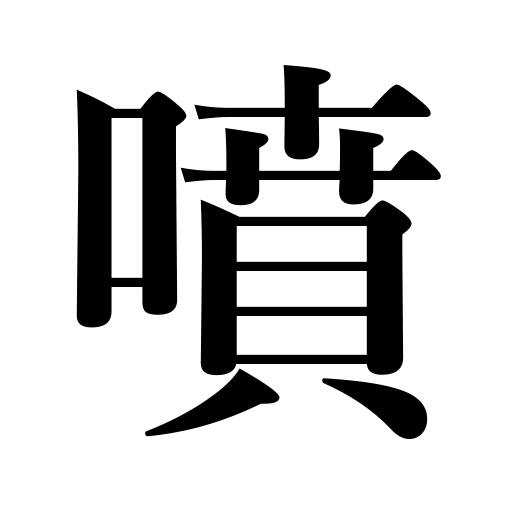
Meanings: emit,spout,flush out